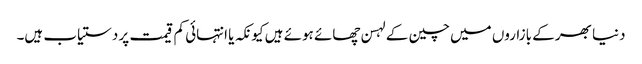
دنیا بھر کے بازاروں میں چین کے لہسن چھائے ہوئے ہیں کیونکہ یا انتہائی کم قیمت پر دستیاب ہیں۔